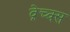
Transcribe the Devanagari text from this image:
व्रेच्क्स